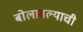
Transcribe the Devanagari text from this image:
बोलावल्याची